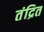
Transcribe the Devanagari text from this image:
तंद्रित